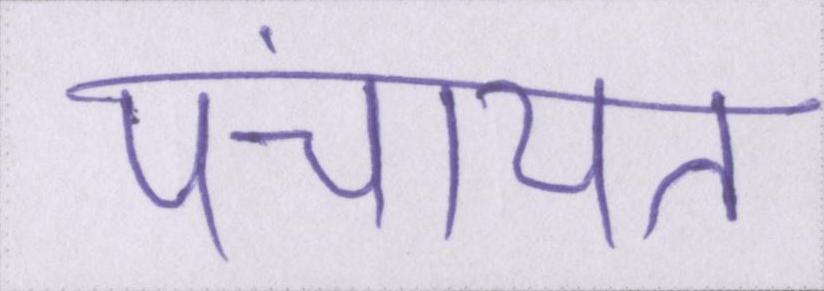
पंचायत